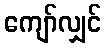
ကျော်လျှင်